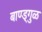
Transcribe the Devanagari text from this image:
बाण्ड्गुळ